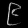
Digit: ၉